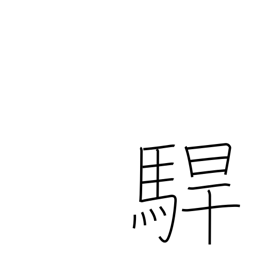
Meaning: rage